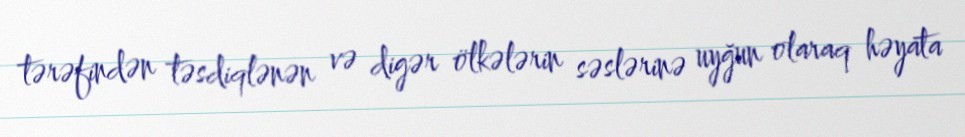
tərəfindən təsdiqlənən və digər ölkələrin səslərinə uyğun olaraq həyata